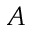
A